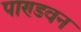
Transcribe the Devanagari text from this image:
पाण्डवन